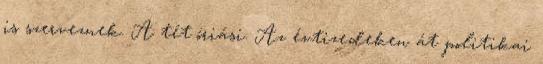
is szerveznek. A tét óriási. Az évtizedeken át politikai